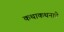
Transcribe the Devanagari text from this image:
कथाकथनाने